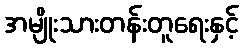
အမျိုးသားတန်းတူရေးနှင့်